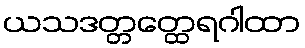
ယသဒတ္တတ္ထေရဂါထာ